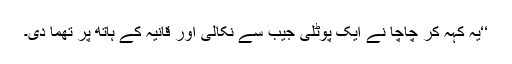
‘‘یہ کہہ کر چاچا نے ایک پوٹلی جیب سے نکالی اور قانیہ کے ہاتھ پر تھما دی۔